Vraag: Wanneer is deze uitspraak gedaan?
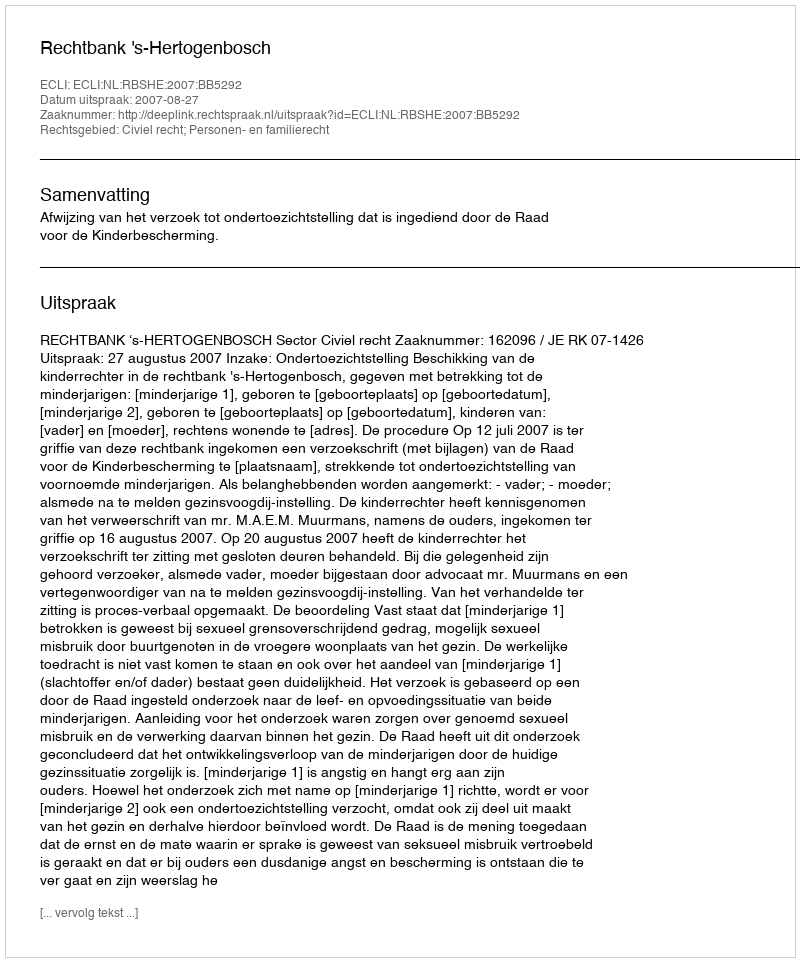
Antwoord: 2007-08-27